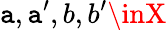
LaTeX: \mathtt{a},\mathtt{a}^{\prime},b,b^{\prime}\inX